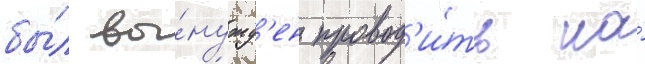
бы́л вы́нужд'ен провод'и́ть на́